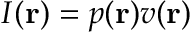
I ( { \bf r } ) = p ( { \bf r } ) v ( { \bf r } )